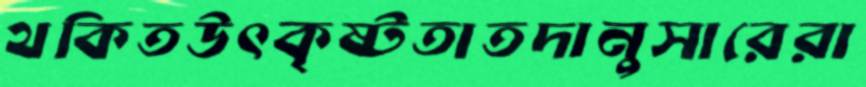
থকিতউৎকৃষ্টতাতদানুসারেরা